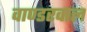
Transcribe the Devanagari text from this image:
वाण्डरवाल